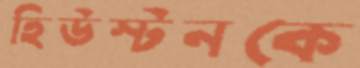
হিউস্টনকে